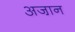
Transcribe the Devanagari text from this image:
अजा़न